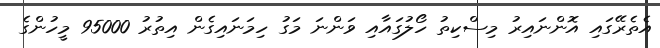
އެތެރޭގައި އޮންނައިރު މިސްކިތު ހޯލުގައާއި ވަންނަ މަގު ހިމަނައިގެން އިތުރު 95000 މީހުންގެ